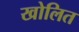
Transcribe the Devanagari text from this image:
खोलित